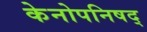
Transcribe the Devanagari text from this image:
केनोपनिषद्